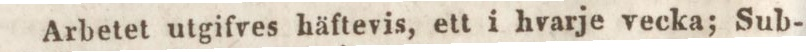
Arbetet utgifves häftevis, ett i hvarje vecka; Sub-